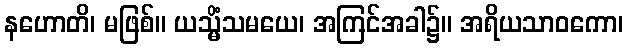
နဟောတိ၊ မဖြစ်။ ယသ္မိံသမယေ၊ အကြင်အခါ၌။ အရိယသာဝကော၊